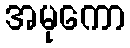
အမုကော